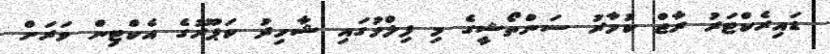
ޑައިރެކްޓަރު ރާޖް ކުމާރު ސަންތޯޝީގެ މި ފިލްމުގައި ޝާހިދު ކަޕޫރުގެ އެކްޓިން ވަރަށް